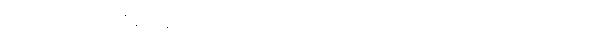
လျှောက်ပါတယ်။ “ဆရာတော်ရော-တပည့်တော်ရော ထောက်ပံ့ဖို့ မလိုပါဘူး၊ လိုက်ပါလာတဲ့